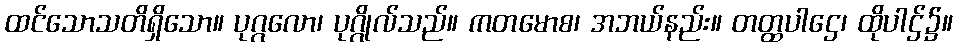
ထင်သောသတိရှိသော။ ပုဂ္ဂလော၊ ပုဂ္ဂိုလ်သည်။ ကတမောစ၊ အဘယ်နည်း။ တတ္ထပါဌေ၊ ထိုပါဌ်၌။